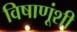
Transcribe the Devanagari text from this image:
विषाणूंशी